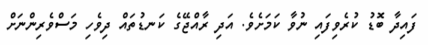
ފައިދާ ބޮޑު ކުރެވިފައި ނުވާ ކަމަށެވެ. އަދި ރާއްޖޭގެ ކަނޑުތައް ދިވެހި މަސްވެރިންނަށް